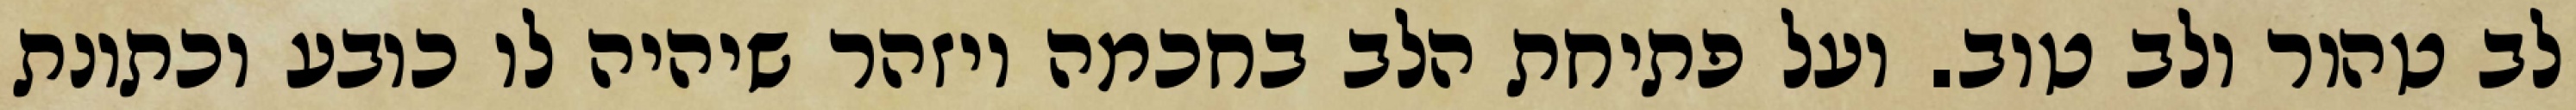
לב טהור ולב טוב. ועל פתיחת הלב בחכמה ויזהר שיהיה לו כובע וכתונת